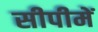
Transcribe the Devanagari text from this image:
सीपीमें